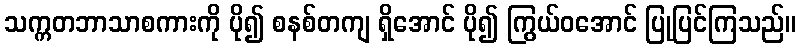
သက္ကတဘာသာစကားကို ပို၍ စနစ်တကျ ရှိအောင် ပို၍ ကြွယ်ဝအောင် ပြုပြင်ကြသည်။